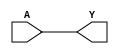
module BUF
(A, Y);
input A;
output Y;
assign Y = A;
endmodule
module NOT
(A, Y);
input A;
output Y;
assign Y = ~A;
endmodule
module NAND
(A, B, Y);
input A, B;
output Y;
assign Y = ~(A & B);
endmodule
module NOR
(A, B, Y);
input A, B;
output Y;
assign Y = ~(A | B);
endmodule
/* resto de la 
biblioteca
*/